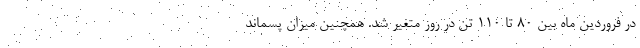
در فروردین ماه بین ۸۰ تا ۱۱۰ تن در روز متغیر شد. همچنین میزان پسماند